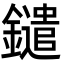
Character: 鑓